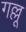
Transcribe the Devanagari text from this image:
गल्लू